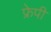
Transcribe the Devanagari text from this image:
फ्रेपी